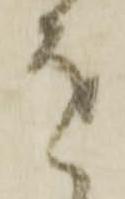
を